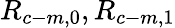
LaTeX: R_{c-m,0},R_{c-m,1}